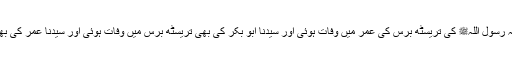
1594: سیدنا انس بن مالکؓ کہتے ہیں کہ رسول اللہﷺ کی تریسٹھ برس کی عمر میں وفات ہوئی اور سیدنا ابو بکرؓ کی بھی تریسٹھ برس میں وفات ہوئی اور سیدنا عمرؓ کی بھی تریسٹھ برس کی عمر میں وفات ہوئی۔